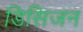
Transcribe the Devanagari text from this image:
डिसिजन